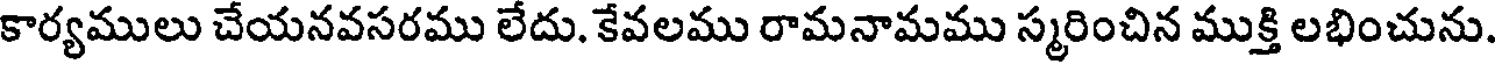
కార్యములు చేయనవసరము లేదు. కేవలము రామనామము స్మరించిన ముక్తి లభించును.